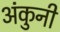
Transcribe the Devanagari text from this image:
अंकुनी